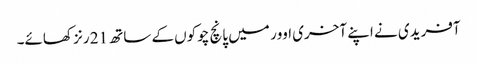
آفریدی نے اپنے آخری اوور میں پانچ چوکوں کے ساتھ 21 رنز کھائے۔